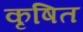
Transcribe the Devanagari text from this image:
कृषित